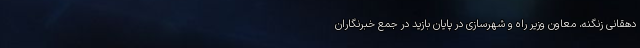
دهقانی زنگنه، معاون وزیر راه و شهرسازی در پایان بازید در جمع خبرنگاران